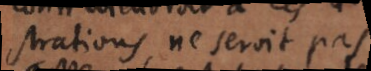
strations, ne seroit ps